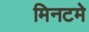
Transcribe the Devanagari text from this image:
मिनटमे